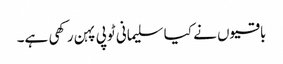
باقیوں نے کیا سلیمانی ٹوپی پہن رکھی ہے۔